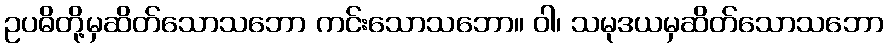
ဥပဓိတို့မှဆိတ်သောသဘော ကင်းသောသဘော။ ဝါ၊ သမုဒယမှဆိတ်သောသဘော